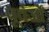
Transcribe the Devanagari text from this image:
पूर्वर्जों